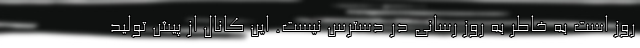
روز است به خاطر به روز رسانی در دسترس نیست. این کانال از پیش تولید